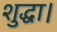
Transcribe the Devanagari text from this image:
शुद्धा।